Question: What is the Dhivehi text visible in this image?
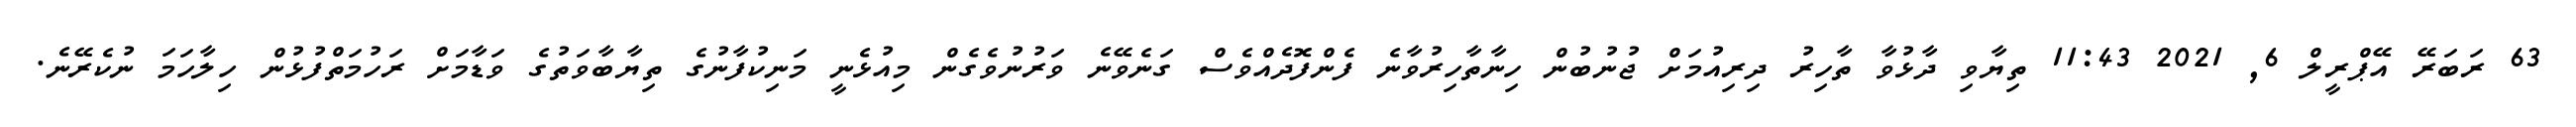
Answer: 63 ރަބަރޭ އޭޕްރީލް 6, 2021 11:43 ތިޔާވި ދާޅުވާ ތާހިރު ދިރިއުމަށް ޖުނުބުން ހިނާތާހިރުވާނެ ފެންފޮދެއްވެސް ގަނެވޭނެ ވަރުނުވެގެން މިއުޅެނީ މަނިކުފާނުގެ ތިޔާބާވަތުގެ ވަޑާމަށް ރަހުމަތްފުޅުން ހިލާހަމަ ނުކެރޭނެ.